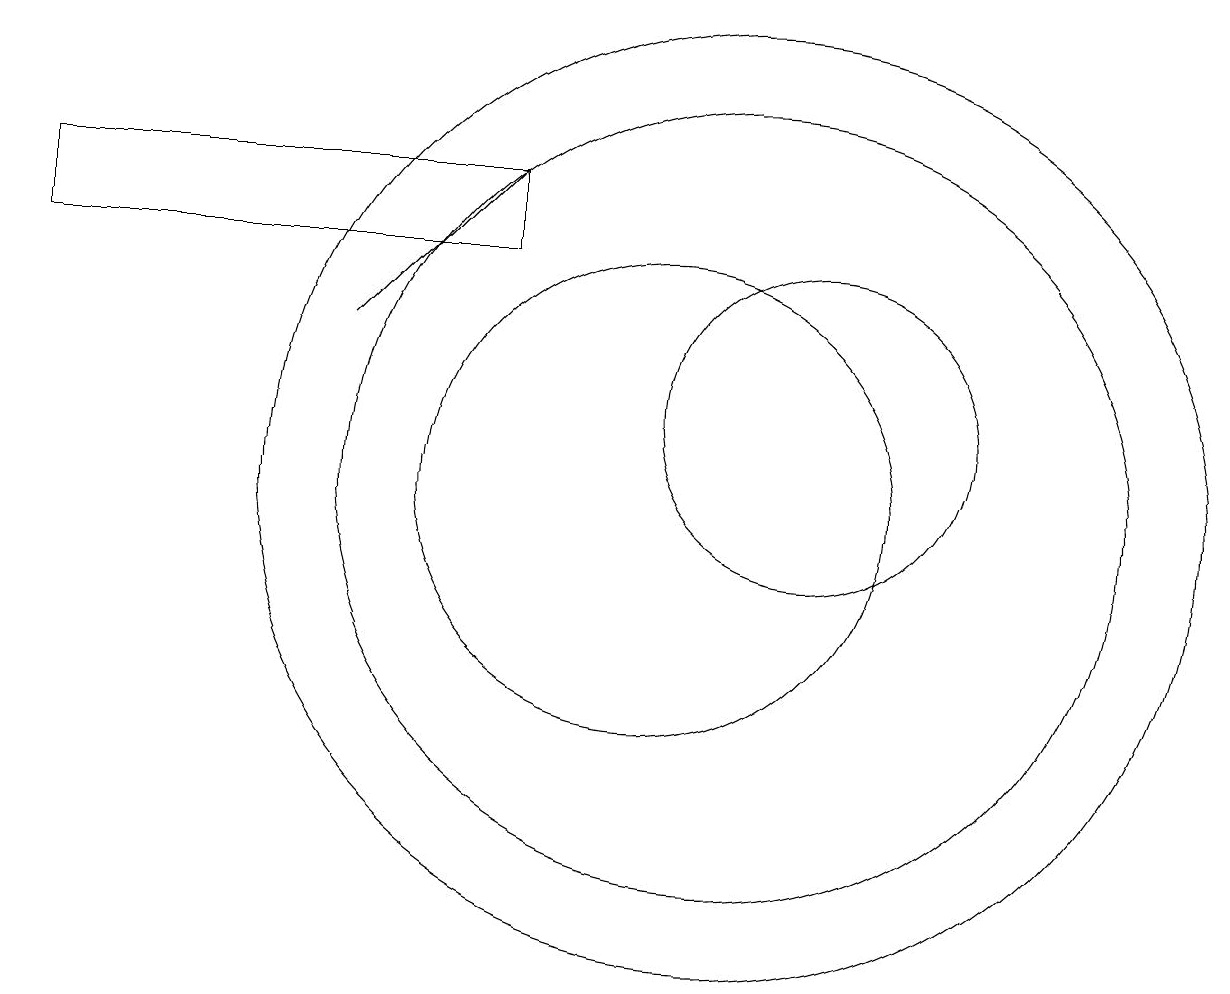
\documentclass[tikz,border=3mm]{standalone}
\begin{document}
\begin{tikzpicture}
\draw[->] (6,12) -- (8,14);
\draw (12,11) circle (2);
\draw (8,13) rectangle (2,14);
\draw (10,10) circle (3);
\draw (11,10) circle (6);
\draw (11,10) circle (5);
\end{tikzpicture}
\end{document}